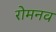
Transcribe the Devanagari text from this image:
रोमनव